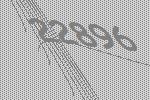
22896